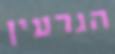
הגרעין